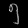
Digit: ၅